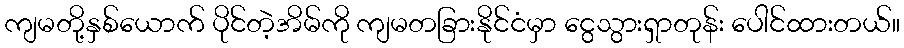
ကျမတို့နှစ်ယောက် ပိုင်တဲ့အိမ်ကို ကျမတခြားနိုင်ငံမှာ ငွေသွားရှာတုန်း ပေါင်ထားတယ်။